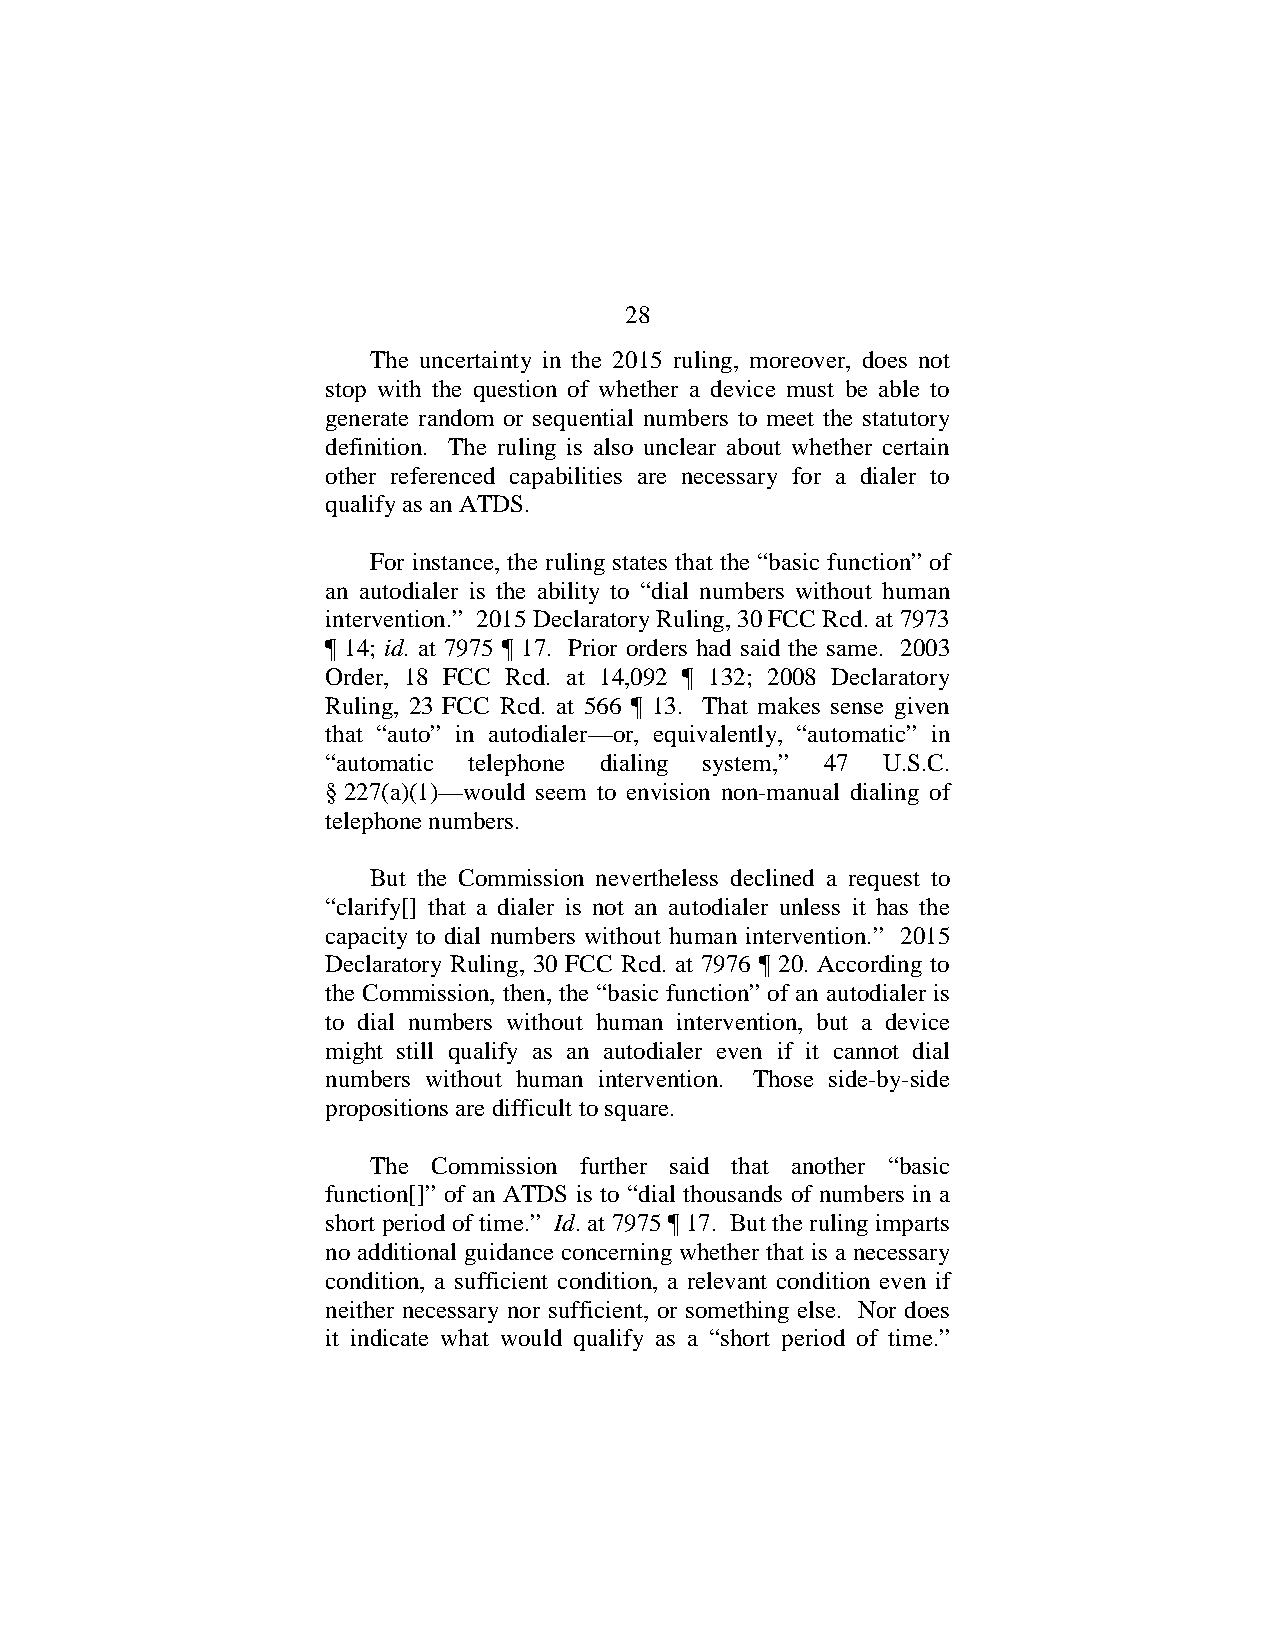
28
 The uncertainty in the 2015 ruling, moreover, does not
 stop with the question of whether a device must be able to
 generate random or sequential numbers to meet the statutory
 definition. The ruling is also unclear about whether certain
 other referenced capabilities are necessary for a dialer to
 qualify as an ATDS.
 For instance, the ruling states that the “basic function” of
 an autodialer is the ability to “dial numbers without human
 intervention.” 2015 Declaratory Ruling, 30 FCC Rcd. at 7973
 ¶ 14; id. at 7975 ¶ 17. Prior orders had said the same. 2003
 Order, 18 FCC Rcd. at 14,092 ¶ 132; 2008 Declaratory
 Ruling, 23 FCC Rcd. at 566 ¶ 13. That makes sense given
 that “auto” in autodialer—or, equivalently, “automatic” in
 “automatic telephone dialing system,” 47 U.S.C.
 § 227(a)(1)—would seem to envision non-manual dialing of
 telephone numbers.
 But the Commission nevertheless declined a request to
 “clarify[] that a dialer is not an autodialer unless it has the
 capacity to dial numbers without human intervention.” 2015
 Declaratory Ruling, 30 FCC Rcd. at 7976 ¶ 20. According to
 the Commission, then, the “basic function” of an autodialer is
 to dial numbers without human intervention, but a device
 might still qualify as an autodialer even if it cannot dial
 numbers without human intervention. Those side-by-side
 propositions are difficult to square.
 The  Commission further said that another “basic
 function[]” of an ATDS is to “dial thousands of numbers in a
 short period of time.” Id. at 7975 ¶ 17. But the ruling imparts
 no additional guidance concerning whether that is a necessary
 condition, a sufficient condition, a relevant condition even if
 neither necessary nor sufficient, or something else. Nor does
 it indicate what would qualify as a “short period of time.”